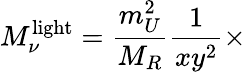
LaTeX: M_{\nu}^{\mathrm{light}}={\frac{m_{U}^{2}}{M_{R}}}{\frac{1}{xy^{2}}}\times